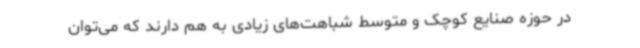
در حوزه صنایع کوچک و متوسط شباهت‌های زیادی به هم دارند که می‌توان